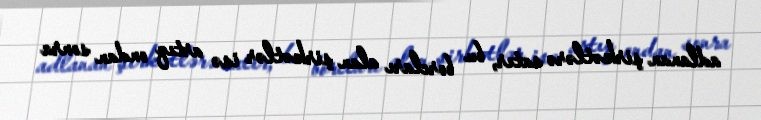
adlanan şirkətlərə satır, bu borcları alan şirkətlər isə artıq ondan sonra